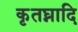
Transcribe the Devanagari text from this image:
कृतघ्नादि